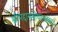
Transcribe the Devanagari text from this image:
श्रीमद्दासबोधतत्त्वस्तवः